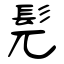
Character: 髨